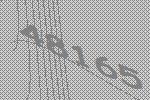
48165